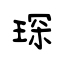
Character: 琛